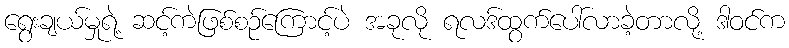
ရွေးချယ်မှုရဲ့ ဆင့်ကဲဖြစ်စဉ်ကြောင့်ပဲ အခုလို ရလဒ်ထွက်ပေါ်လာခဲ့တာလို့ ဒါဝင်က